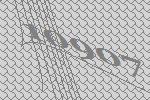
10907